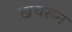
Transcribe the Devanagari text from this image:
खचरून